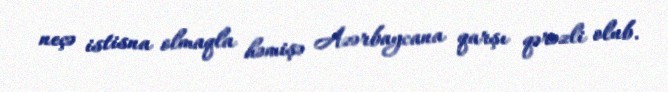
neçə istisna olmaqla həmişə Azərbaycana qarşı qərəzli olub.